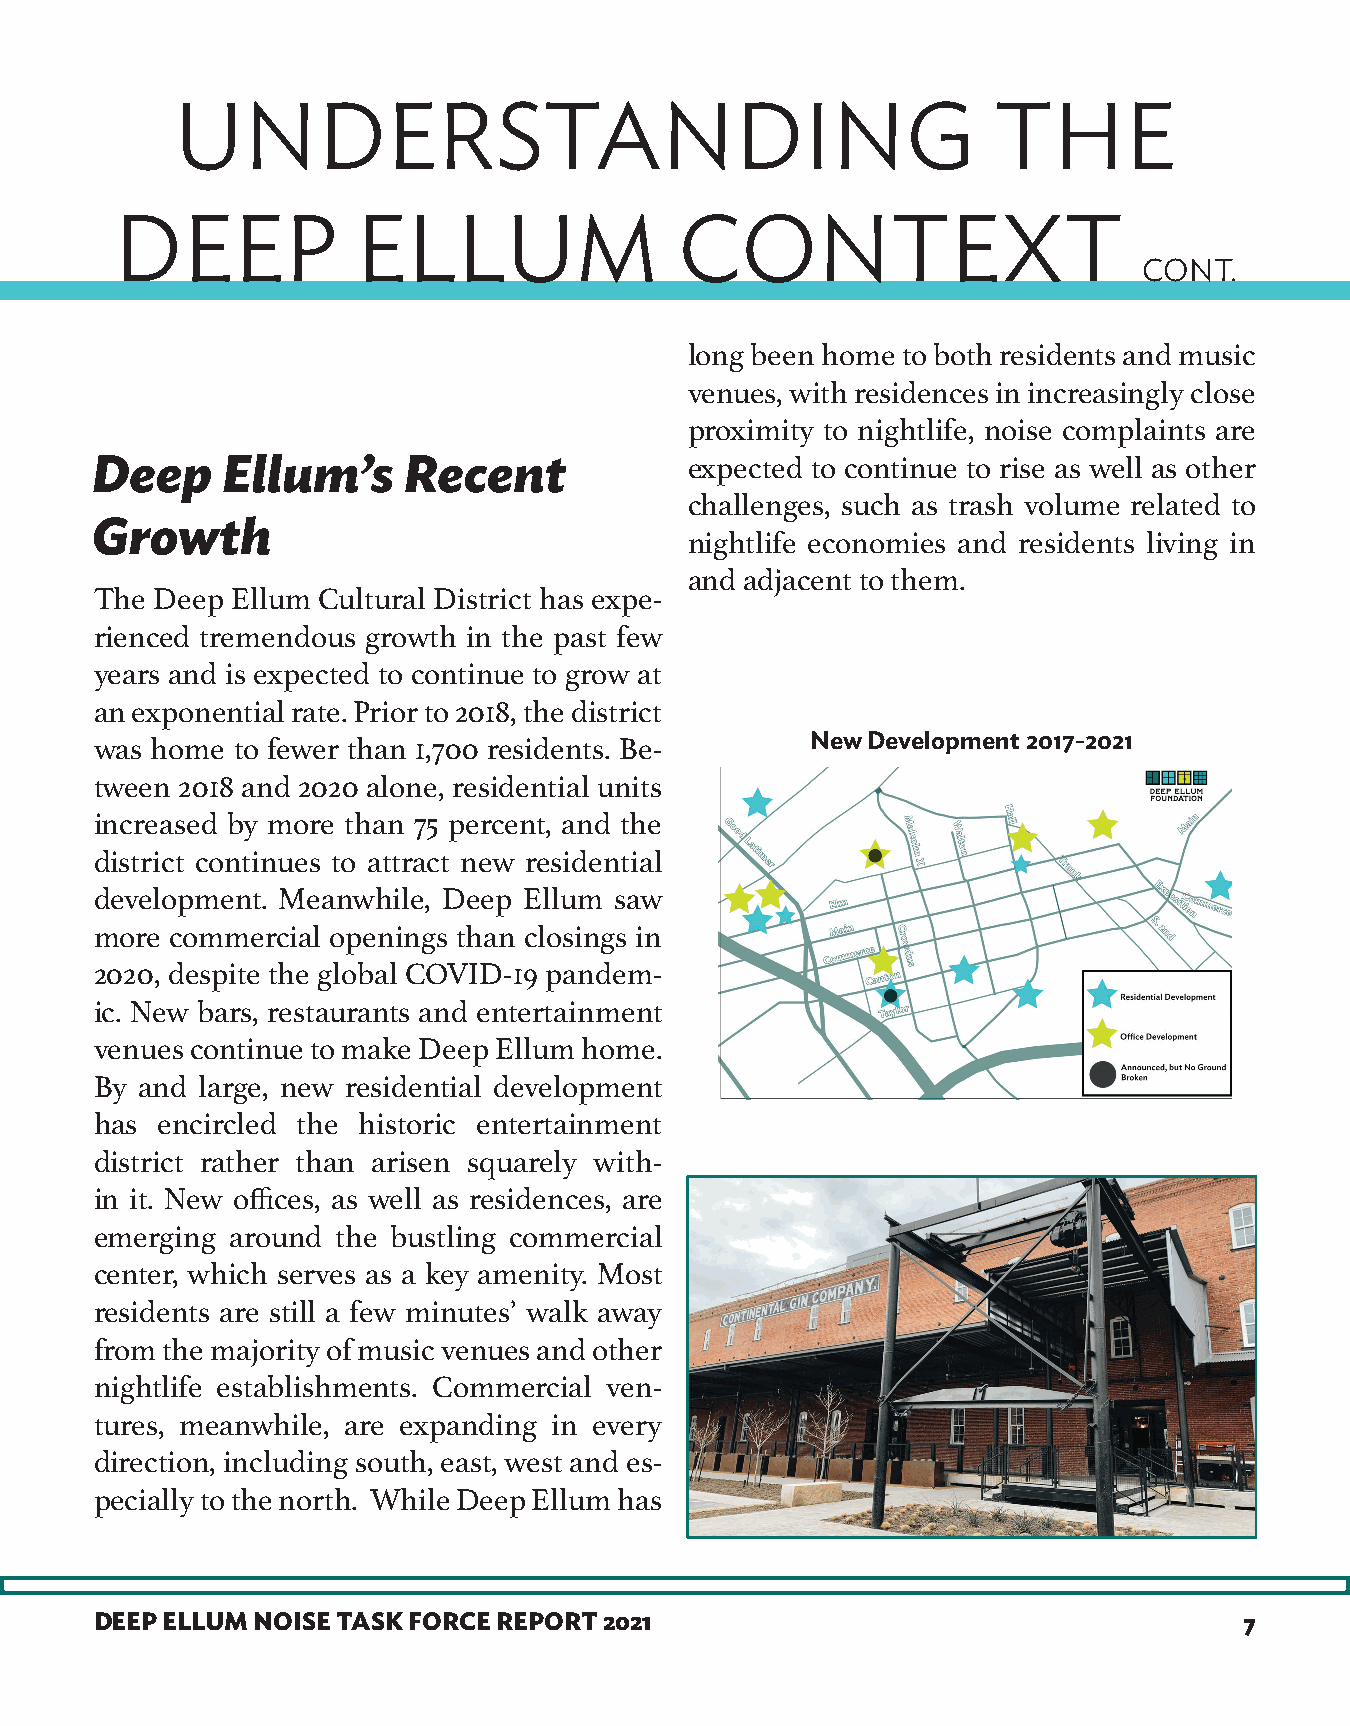
UNDERSTANDING                                         THE
 DEEP            ELLUM                CONTEXT
 CONT.
 long been home to both residents and music
 venues, with residences in increasingly close
 proximity to nightlife, noise complaints are
 Deep     Ellum’s     Recent             expected to continue to rise as well as other
 challenges, such as trash volume related to
 Growth
 nightlife economies and residents living in
 and adjacent to them.
 The Deep Ellum Cultural District has expe-
 rienced tremendous growth in the past few
 years and is expected to continue to grow at
 an exponential rate. Prior to 2018, the district
 New Development 2017-2021
 was home to fewer than 1,700 residents. Be-
 tween 2018 and 2020 alone, residential units
 increased by more than 75 percent, and the
 district continues to attract new residential
 development. Meanwhile, Deep Ellum saw
 more commercial openings than closings in
 2020, despite the global COVID-19 pandem-
 ic. New bars, restaurants and entertainment
 venues continue to make Deep Ellum home.
 By and large, new residential development
 has encircled the historic entertainment
 district rather than arisen squarely with-
 in it. New offices, as well as residences, are
 emerging around the bustling commercial
 center, which serves as a key amenity. Most
 residents are still a few minutes’ walk away
 from the majority of music venues and other
 nightlife establishments. Commercial ven-
 tures, meanwhile, are expanding in every
 direction, including south, east, west and es-
 pecially to the north. While Deep Ellum has
 DEEP ELLUM NOISE TASK FORCE REPORT 2021                                     7